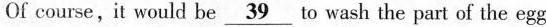
Of course,it would be\underline{39} to wash the part of the egg